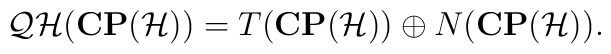
{\cal QH}({\bf CP}({\cal H}))=T({\bf CP}({\cal H}))\oplus N({\bf CP}({\cal H})).